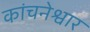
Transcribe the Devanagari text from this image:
कांचनेश्वार